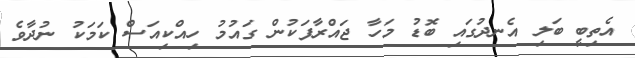
އެތިބީ ބަލި އެނދުގައި ބޮޑު މަހާ ޖައްރާފަކުން ގައުމު ހިއްކިއަސް ކަމަކު ނުދާވެ